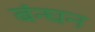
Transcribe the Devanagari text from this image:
बंन्घन